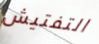
التفتيش